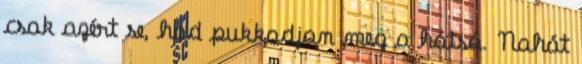
csak azért se, had pukkadjon meg a hátsó. Nahát